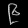
Digit: ၉